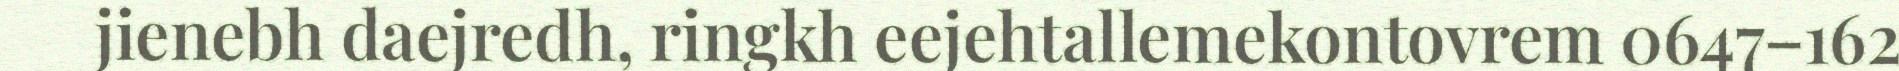
jienebh daejredh, ringkh eejehtallemekontovrem 0647–162